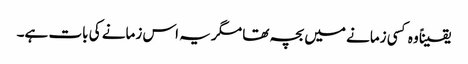
یقیناً وہ کسی زمانے میں بچہ تھا مگر یہ اس زمانے کی بات ہے۔